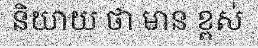
និយាយ ថា មាន ខ្ពស់